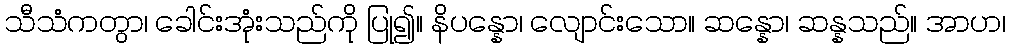
သီသံကတွာ၊ ခေါင်းအုံးသည်ကို ပြု၍။ နိပန္နော၊ လျောင်းသော။ ဆန္နော၊ ဆန္နသည်။ အာဟ၊